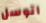
اتوسل